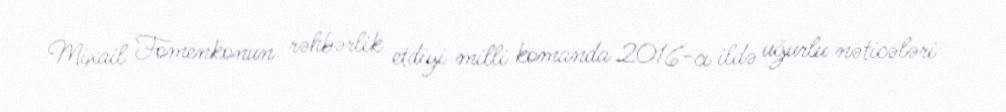
Mixail Fomenkonun rəhbərlik etdiyi milli komanda 2016-cı ildə uğurlu nəticələri